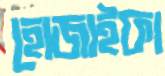
হোজাইফা